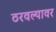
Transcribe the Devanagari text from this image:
ठरवल्यावर